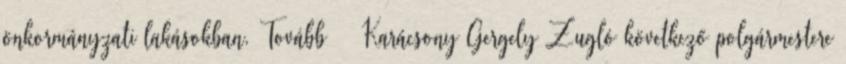
önkormányzati lakásokban. Tovább › ›Karácsony Gergely Zugló következő polgármestere